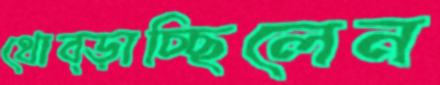
থোব্‌ড়াচ্ছিলেন